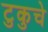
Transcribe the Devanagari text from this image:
टुकुचे